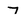
Character: 7